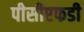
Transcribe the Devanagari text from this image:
पीसीएफडी